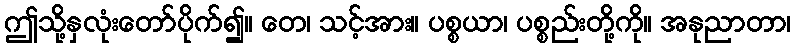
ဤသို့နှလုံးတော်ပိုက်၍။ တေ၊ သင့်အား။ ပစ္စယာ၊ ပစ္စည်းတို့ကို။ အနုညာတာ၊